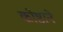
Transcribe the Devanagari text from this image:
कोष्ठाने